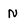
Character: N